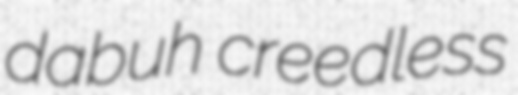
dabuh creedless